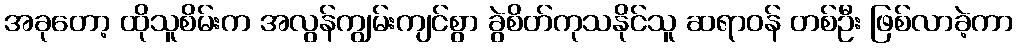
အခုတော့ ထိုသူစိမ်းက အလွန်ကျွမ်းကျင်စွာ ခွဲစိတ်ကုသနိုင်သူ ဆရာဝန် တစ်ဦး ဖြစ်လာခဲ့ကာ